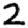
Digit: 2